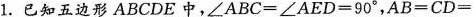
1.已知五边形ABCDE中，∠ABC=∠AED=90°，AB=CD=